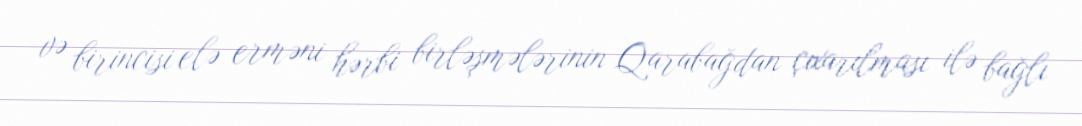
və birincisi elə erməni hərbi birləşmələrinin Qarabağdan çıxarılması ilə bağlı